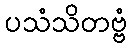
ပသံသိတဗ္ဗံ